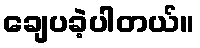
ချေပခဲ့ပါတယ်။